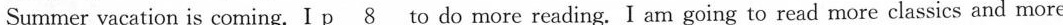
Summer vacation is coming. I \underline{p 8} to do more reading. I am going to read more classics and more